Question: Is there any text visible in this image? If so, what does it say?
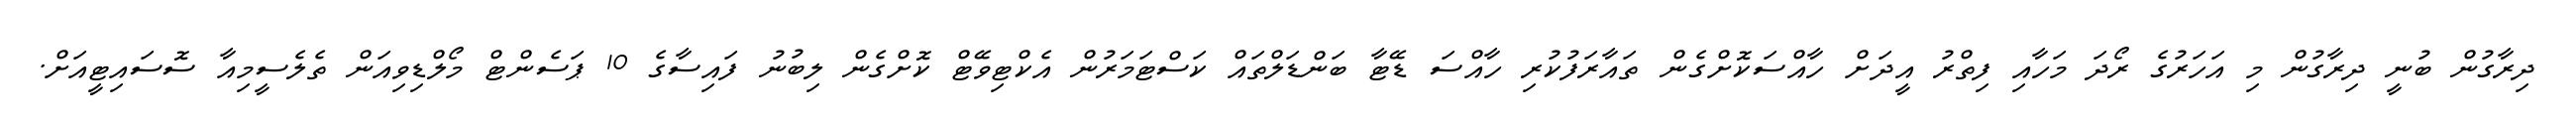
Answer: ދިރާގުން ބުނީ ދިރާގުން މި އަހަރުގެ ރޯދަ މަހާއި ފިތްރު އީދަށް ހާއްސަކޮށްގެން ތައާރަފުކުރި ހާއްސަ ޑޭޓާ ބަންޑަލްތައް ކަސްޓަމަރުން އެކްޓިވޭޓް ކޮށްގެން ލިބުނު ފައިސާގެ 10 ޕަސެންޓް މޯލްޑިވިއަން ތެލެސީމިއާ ސޮސައިޓީއަށް.